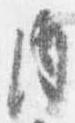
内